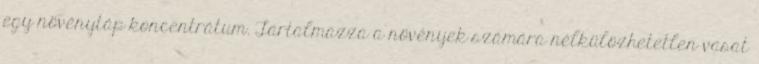
egy növénytáp koncentrátum. Tartalmazza a növények számára nélkülözhetetlen vasat